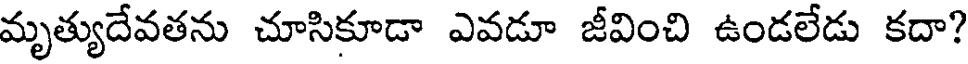
మృత్యుదేవతను చూసికూడా ఎవడూ జీవించి ఉండలేడు కదా?